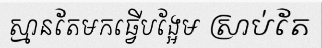
ស្មានតែមកធ្វើបង្អែម ស្រាប់តែ